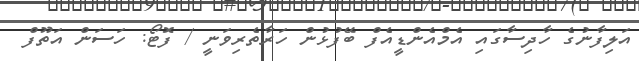
އަލިފާނުގެ ހާދިސާގައި އެމްއެންޑީއެފް ބޭފުޅުން ހަރާތެރިވަނީ / ފޮޓޯ: ހަސަން އަތޫފް